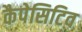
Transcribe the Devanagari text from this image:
कैपेसिटिव